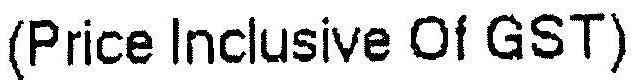
(PRICE INCLUSIVE OF GST)